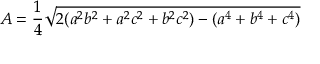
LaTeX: A = { \frac { 1 } { 4 } } { \sqrt { 2 ( a ^ { 2 } b ^ { 2 } + a ^ { 2 } c ^ { 2 } + b ^ { 2 } c ^ { 2 } ) - ( a ^ { 4 } + b ^ { 4 } + c ^ { 4 } ) } }